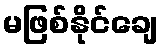
မဖြစ်နိုင်ချေ